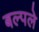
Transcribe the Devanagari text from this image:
बल्पले